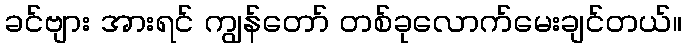
ခင်ဗျား အားရင် ကျွန်တော် တစ်ခုလောက်မေးချင်တယ်။